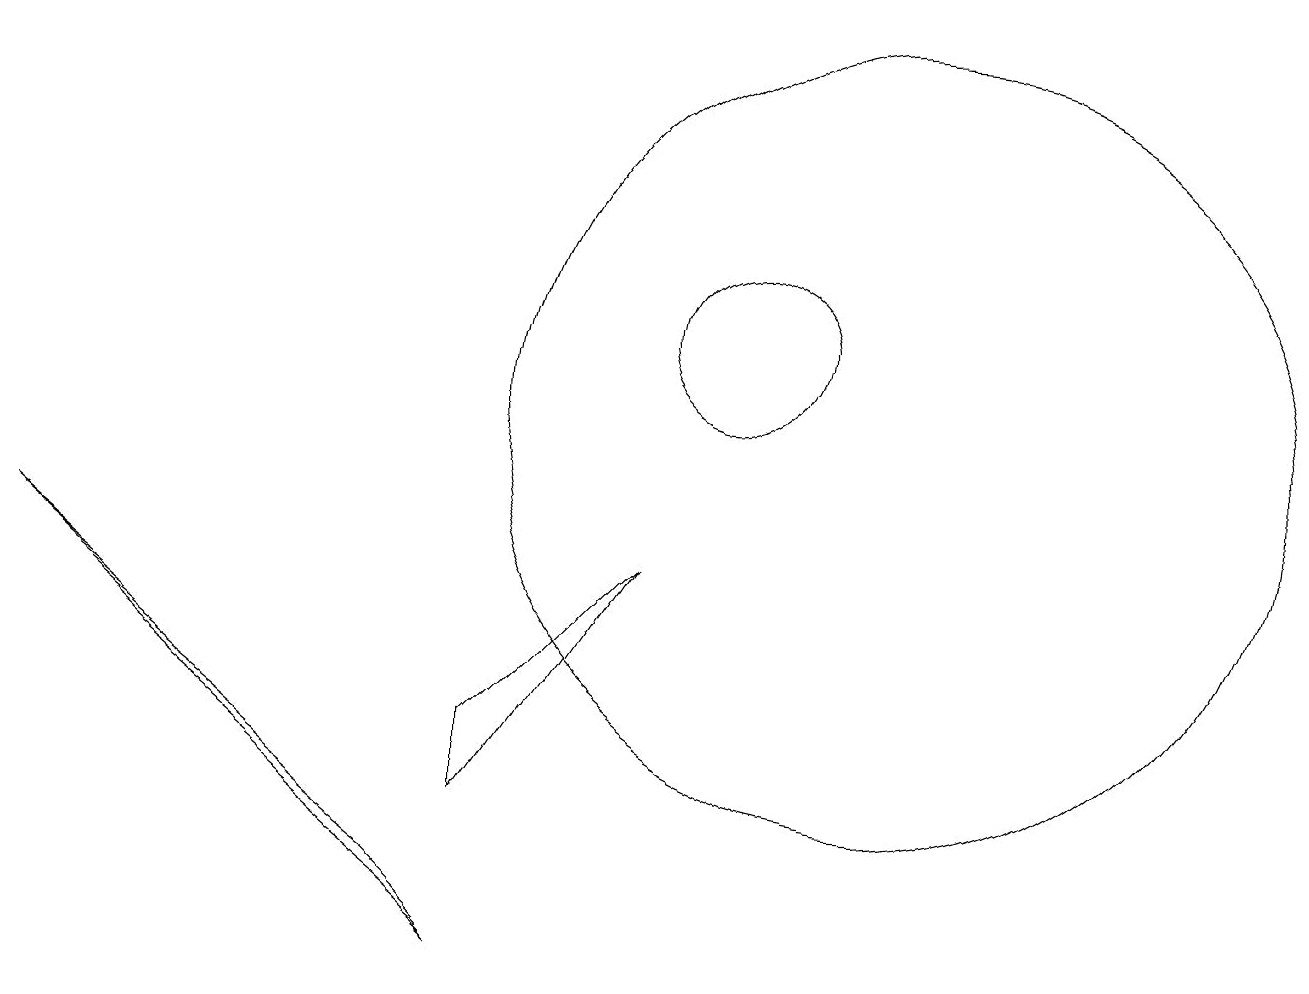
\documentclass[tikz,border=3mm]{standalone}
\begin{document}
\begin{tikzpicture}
\draw (10,11) circle (1);
\draw (12,11) circle (0);
\draw (7,5) -- (7,6) -- (9,8) -- cycle;
\draw (1,8) -- (7,3) -- (6,4) -- cycle;
\draw (12,10) circle (5);
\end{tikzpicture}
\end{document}